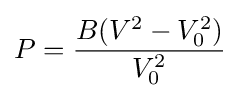
P={\frac {B(V^{2}-V_{0}^{2})}{V_{0}^{2}}}